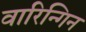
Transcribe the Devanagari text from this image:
वारिन्गिन